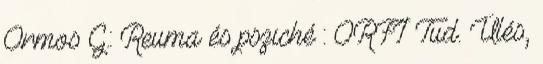
Ormos G.: Reuma és psziché : ORFI Tud. Ülés,